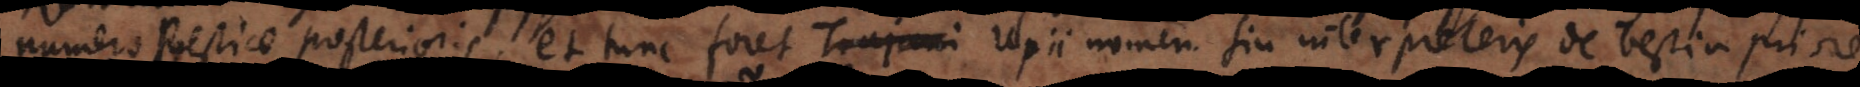
numero Bestiae posterioris, et tunc foret Trajani Ulpii nomen sin interpreteris de bestia priore